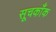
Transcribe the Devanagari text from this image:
सूचकाँक